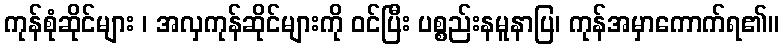
ကုန်စုံဆိုင်များ ၊ အလှကုန်ဆိုင်များကို ဝင်ပြီး ပစ္စည်းနမူနာပြ၊ ကုန်အမှာကောက်ရ၏။